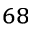
^ { 6 8 }